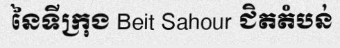
នៃទីក្រុង Beit Sahour ជិតតំបន់